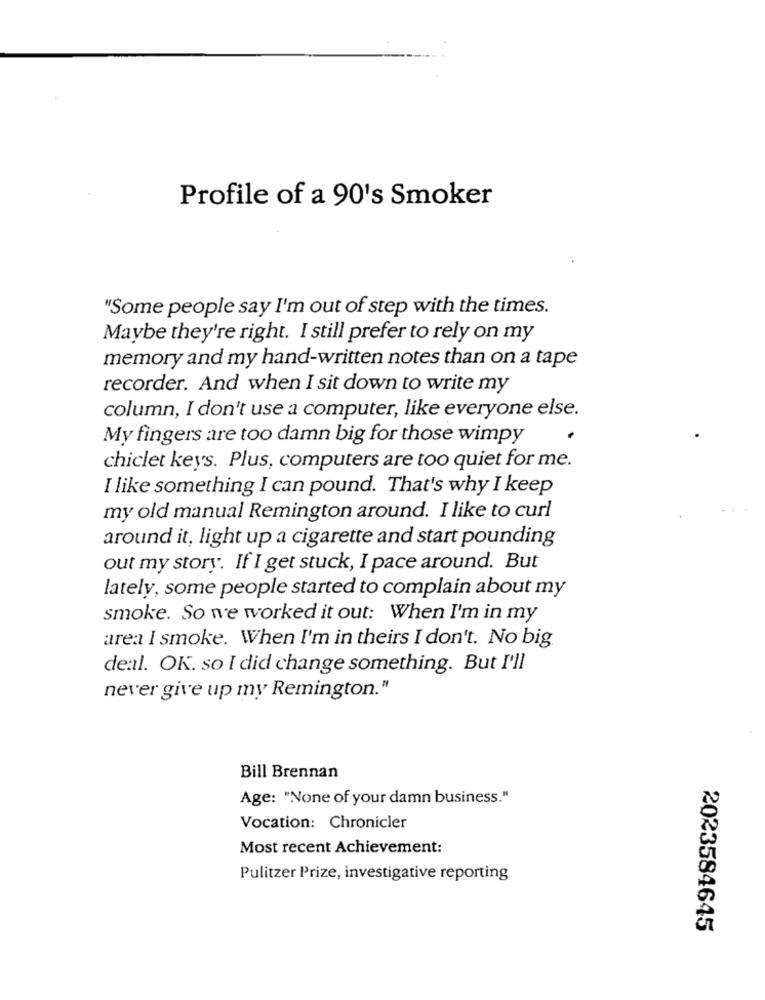
Profile of a 90's Smoker
"Some people say I'm out of step with the times.
Maybe they're right. I still prefer to rely on my
memory and my hand-written notes than on a tape
recorder. And when I sit down to write my
column, I don't use a computer, like everyone else.
My fingers are too damn big for those wimpy
chiclet keys. Plus, computers are too quiet for me.
I like something I can pound. That's why I keep
my old manual Remington around. I like to curl
around it, light up a cigarette and start pounding
out my story. If I get stuck, I pace around. But
lately, some people started to complain about my
smoke. So we worked it out: When I'm in my
area I smoke. When I'm in theirs I don't. No big
deal. OK. so I did change something. But I'll
never give up my Remington."
Bill Brennan
Age: "None of your damn business."
Vocation: Chronicler
Most recent Achievement:
Pulitzer Prize, investigative reporting
2023584645